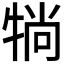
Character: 𤙽